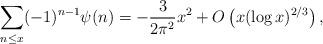
LaTeX: \begin{align*} \sum_{n\le x} (-1)^{n-1} \psi(n) = - \frac{3}{2\pi^2} x^2 + O\left(x (\log x)^{2/3} \right),\end{align*}